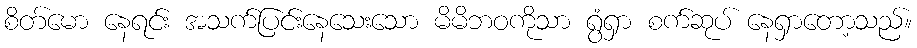
စိတ်မော နေရင်း အသက်ပြင်းနေသေးသော မိမိဘဝကိုသာ ရွံရှာ စက်ဆုပ် နေရှာတော့သည်။